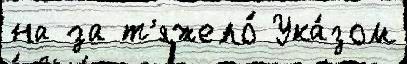
на за т'яжело́ Ука́зом